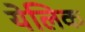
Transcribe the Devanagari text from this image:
येलिक